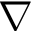
\nabla